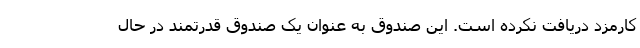
کارمزد دریافت نکرده است. این صندوق به عنوان یک صندوق قدرتمند در حال